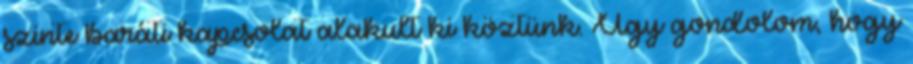
szinte baráti kapcsolat alakult ki köztünk. Úgy gondolom, hogy